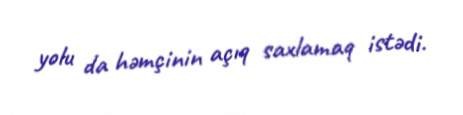
yolu da həmçinin açıq saxlamaq istədi.